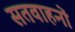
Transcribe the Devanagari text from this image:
सतवाहनों